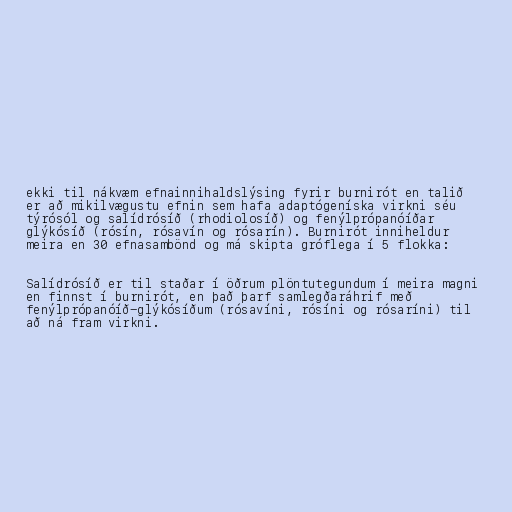
ekki til nákvæm efnainnihaldslýsing fyrir burnirót en talið
er að mikilvægustu efnin sem hafa adaptógeníska virkni séu
týrósól og salídrósíð (rhodiolosíð) og fenýlprópanóíðar
glýkósíð (rósín, rósavín og rósarín). Burnirót inniheldur
meira en 30 efnasambönd og má skipta gróflega í 5 flokka:

Salídrósíð er til staðar í öðrum plöntutegundum í meira magni
en finnst í burnirót, en það þarf samlegðaráhrif með
fenýlprópanóíð-glýkósíðum (rósavíni, rósíni og rósaríni) til
að ná fram virkni.